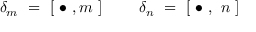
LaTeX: \delta _ { m } \ = \ [ \ \bullet \ , m \ ] \ \ \ \ \ \ \ \delta _ { n } \ = \ [ \ \bullet \ , \ n \ ]